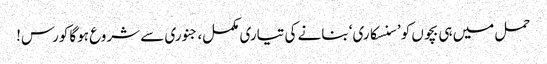
حمل میں ہی بچوں کو ’سنسکاری‘ بنانے کی تیاری مکمل، جنوری سے شروع ہوگا کورس!